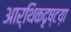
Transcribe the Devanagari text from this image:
आर्थिकदृष्टय़ा